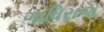
ગાધિરાજ